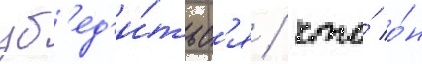
уб'ед'и́тьс'я / что́ о́н